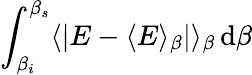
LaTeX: \int_{\beta_{i}}^{\beta_{s}}\langle|E-\langle E\rangle_{\beta}|\rangle_{\beta}\, \mathrm{d}\beta